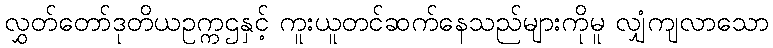
လွှတ်တော်ဒုတိယဥက္ကဌနှင့် ကူးယူတင်ဆက်နေသည်များကိုမူ လျှံကျလာသော